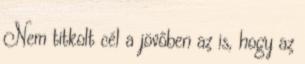
Nem titkolt cél a jövőben az is, hogy az